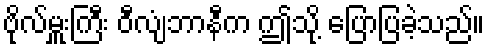
ဗိုလ်မှူးကြီး ဝီလျံဘာနီက ဤသို့ ပြောပြခဲ့သည်။